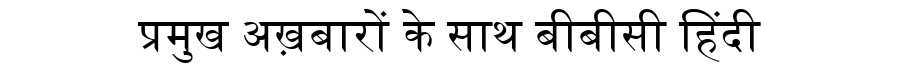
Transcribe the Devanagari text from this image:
प्रमुख अख़बारों के साथ बीबीसी हिंदी